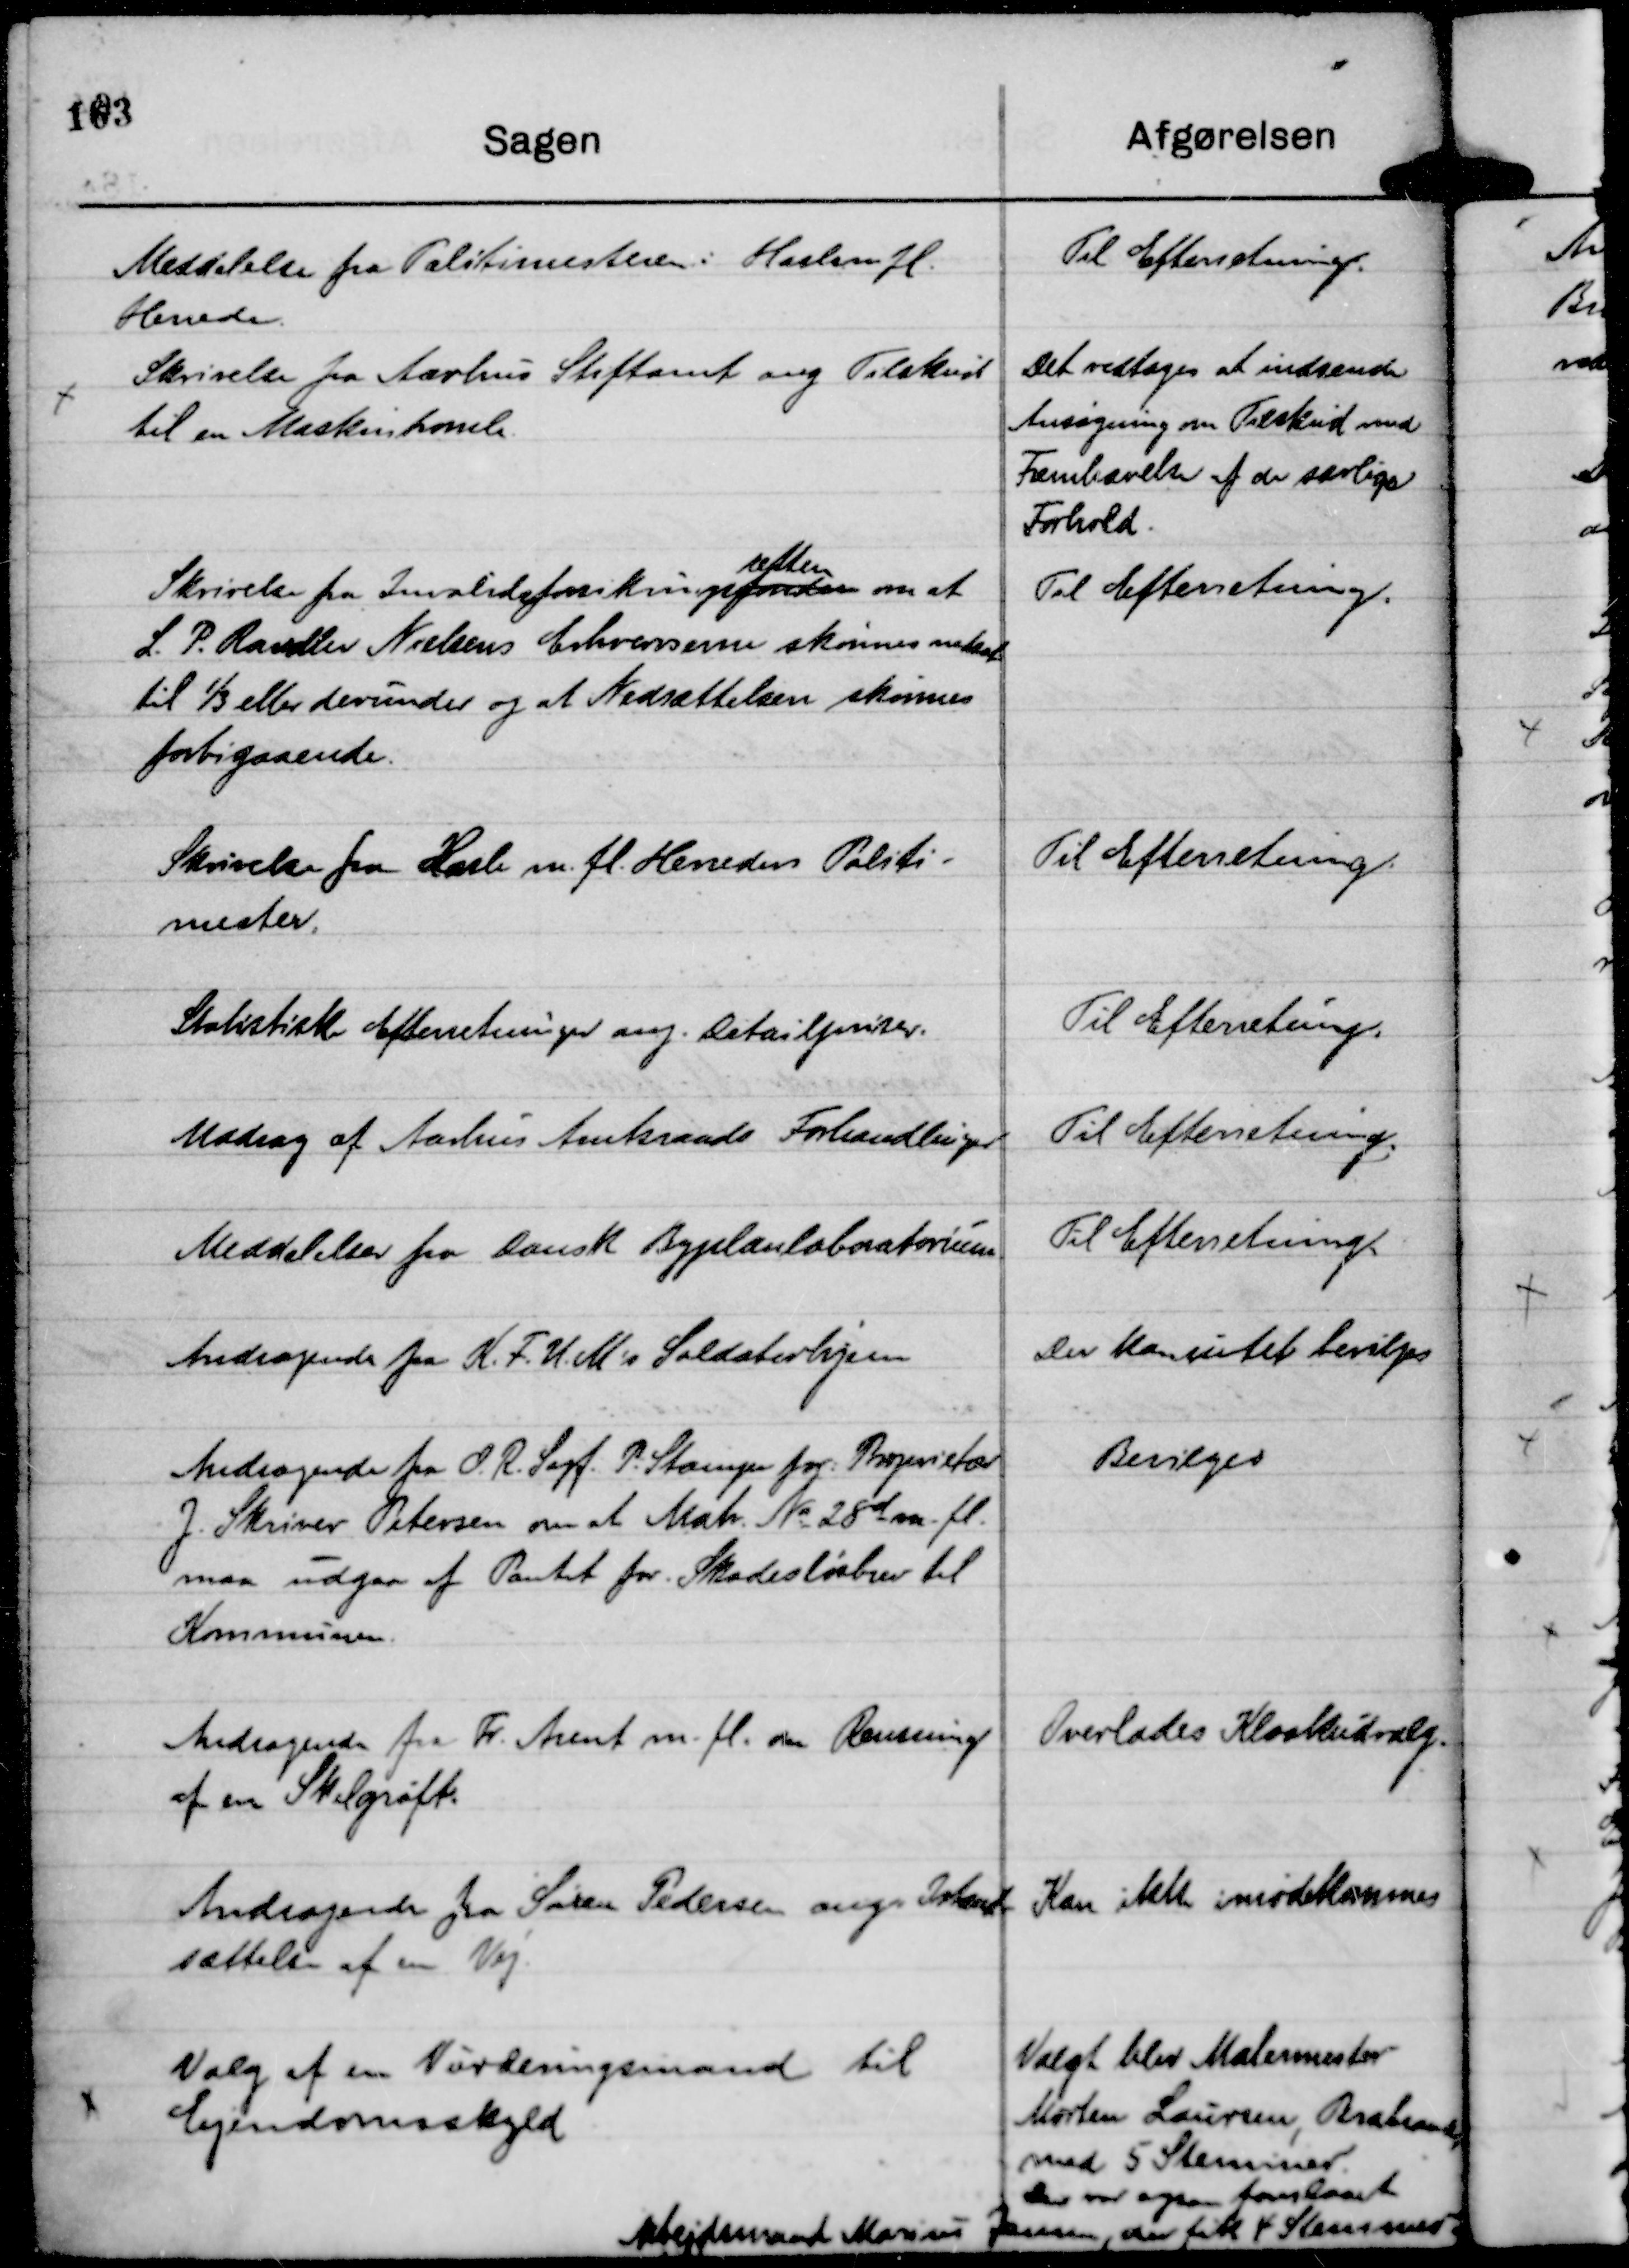
Transskription:
Meddelelse fra Politimesteren i Hasle m. fl.
Herreder.

Til Efterretning.

Skrivelse fra Aarhus Stiftamt ang Tilskud
til en Maskintromle.

Det vedtoges at indsende
Ansøgning om Tilskud med
Fremhævelse af de særlige
Forhold.

Skrivelse fra Invalideforsikringsfonden
retten
om at
L. P. Randlev Nielsens Erhvervsevne skønnes nedsat
til ⅓ eller derunder og at Nedsættelsen skønnes
forbigaaende.

Til Efterretning.

Skrivelse fra Hasle m. fl. Herreders Politi-
mester.

Til Efterretning.

Statistiske Efterretninger ang. Detailpriser.

Til Efterretning.

Uddrag af Aarhus Amtskreds Forhandlinger

Til Efterretning.

Meddelelser fra Dansk Byplanlaboratorium.

Til Efterretning.

Andragende fra K. F. U. M's Soldaterhjem

Der kan intet bevilges

Andragende fra O. R. Sagf. P. Stampe for Proprietær
J. Skriver Petersen om at Matr. No 28 d m. fl. 
maa udgaa af Pantet for . Skadesløsbrev til
Kommunen.

Bevilges

Andragende fra Fr. Arent m. fl. om Rensning
af en Skelgrøft.

Overlades Kloakudvalg.

Andragende fra Søren Pedersen ang. Istand-
sættelse af en Vej.

Kan ikke imødekommes

Valg af en Vurderingsmand til
Ejendomsskyld

Valgt blev Malermester
Morten Laursen, Brabrand,
med 5 Stemmer.
Der var ogsaa foreslaaet
Arbejdsmand Marius Jensen, der fik 4 Stemmer.